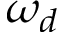
\omega _ { d }